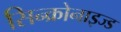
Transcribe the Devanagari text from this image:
सिन्क्रोनाइज्ड